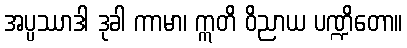
အပ္ပဿာဒါ ဒုခါ ကာမာ၊ ဣတိ ဝိညာယ ပဏ္ဍိတော။